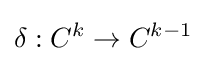
\delta :C^{k}\to C^{k-1}